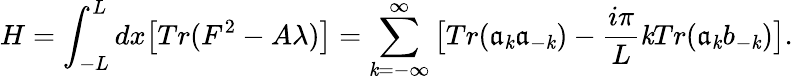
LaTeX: H=\int_{-L}^{L}dx\big[Tr(F^{2}-A\lambda)\big]=\sum_{\mathit{k}=-\infty}^{\infty}\big[Tr(\mathfrak{a}_{\mathit{k}}\mathfrak{a}_{-\mathit{k}})-{\frac{{i\pi}}{{L}}}\mathit{k}Tr(\mathfrak{a}_{\mathit{k}}b_{-\mathit{k}})\big].